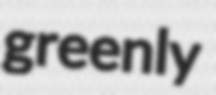
greenly